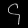
Digit: ၄